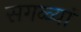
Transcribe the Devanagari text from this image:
सगळ्यां